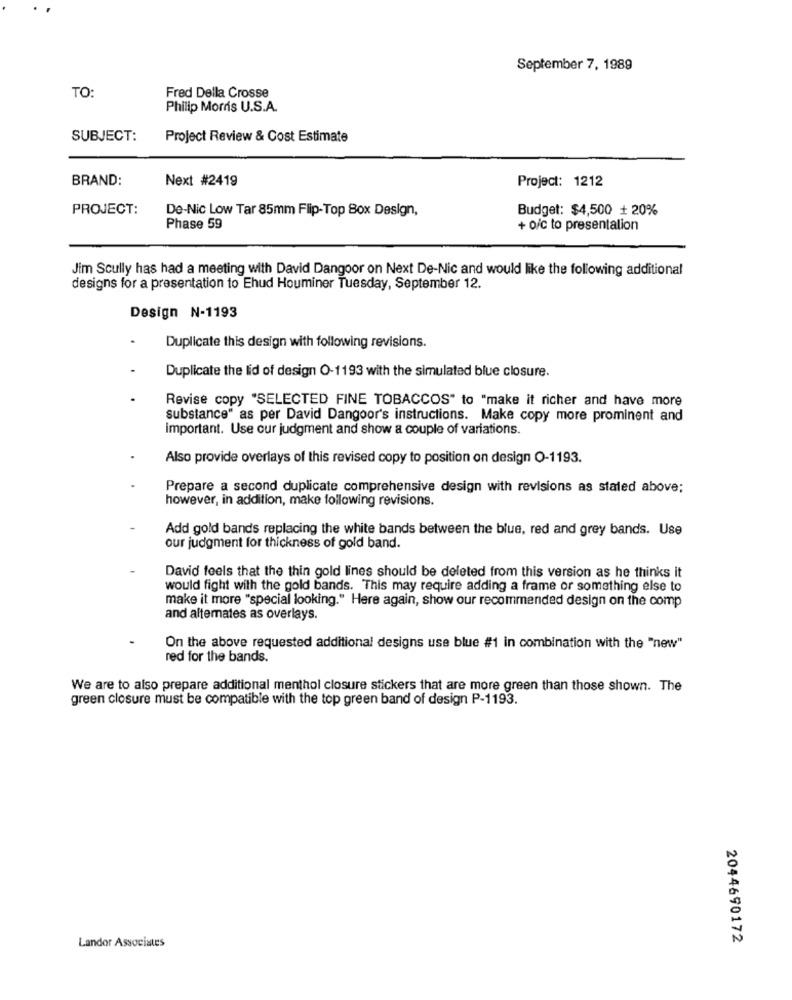
September 7, 1989
TO:
Fred Della Crosse
Philip Morris U.S.A.
SUBJECT:
Project Review & Cost Estimate
BRAND:
Next #2419
Project: 1212
PROJECT:
De-Nic Low Tar 85mm Flip-Top Box Design,
Budget: $4,500 + 20%
Phase 59
+ o/c to presentation
Jim Scully has had a meeting with David Dangoor on Next De-Nic and would like the following additional
designs for a presentation to Ehud Houminer Tuesday, September 12.
Design N-1193
Duplicate this design with following revisions.
Duplicate the lid of design O-1193 with the simulated blue closure.
Revise copy "SELECTED FINE TOBACCOS" to "make it richer and have more
substance" as per David Dangoor's instructions. Make copy more prominent and
important. Use our judgment and show a couple of variations.
Also provide overlays of this revised copy to position on design O-1193.
Prepare a second duplicate comprehensive design with revisions as stated above;
however, in addition, make following revisions.
Add gold bands replacing the white bands between the blue, red and grey bands. Use
our judgment for thickness of gold band.
David feels that the thin gold lines should be deleted from this version as he thinks it
would fight with the gold bands. This may require adding a frame or something else to
make it more "special looking." Here again, show our recommended design on the comp
and altemates as overlays.
On the above requested additional designs use blue #1 in combination with the "new"
red for the bands.
We are to also prepare additional menthol closure stickers that are more green than those shown. The
green closure must be compatible with the top green band of design P-1193.
Landor Associates
2044690172